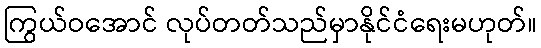
ကြွယ်ဝအောင် လုပ်တတ်သည်မှာနိုင်ငံရေးမဟုတ်။